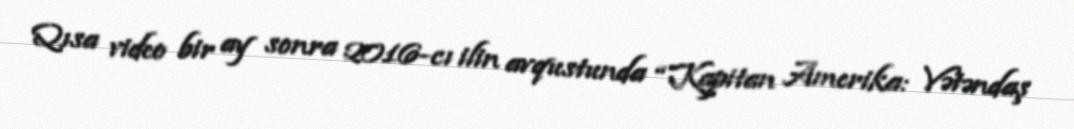
Qısa video bir ay sonra 2016-cı ilin avqustunda “Kapitan Amerika: Vətəndaş